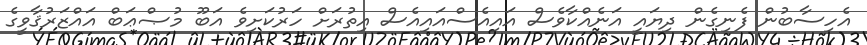
އެހިސާބުން ފެނިގެން ދިޔައީ އަނެއްކާވެސް އައިއެސްއައިއެސް އިތުރަށް ހަރުކަށިވެ އަބޫ މުޞްޢަބް އައްޒަރުޤާވީގެ